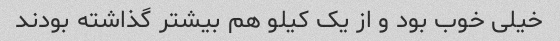
خیلی خوب بود و از یک کیلو هم بیشتر گذاشته بودند